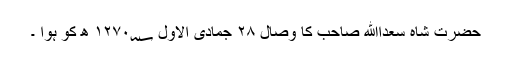
حضرت شاہ سعداﷲ صاحب کا وصال ۲۸ جمادی الاول ۱۲۷۰؁ ھ کو ہوا ۔